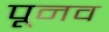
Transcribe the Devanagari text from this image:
पूनव